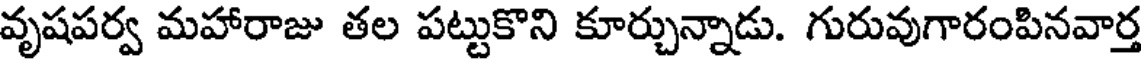
వృషపర్వ మహారాజు తల పట్టుకొని కూర్చున్నాడు. గురువుగారంపినవార్త